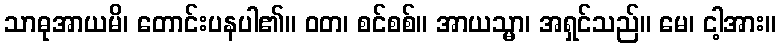
သာဓုအာယမိ၊ တောင်းပနပါ၏။ ဝတ၊ စင်စစ်။ အာယသ္မာ၊ အရှင်သည်။ မေ၊ ငါ့အား။